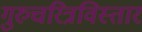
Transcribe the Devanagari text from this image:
गुरुचरित्रविस्तार